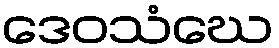
ဒေဝသံဃေ